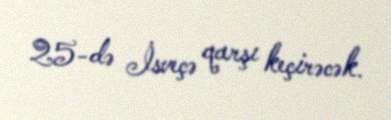
25-də İsveçə qarşı keçirəcək.